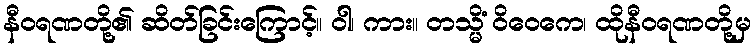
နီဝရဏတို့၏ ဆိတ်ခြင်းကြောင့်။ ဝါ၊ ကား။ တသ္မိံ ဝိဝေကေ၊ ထိုနီဝရဏတို့မှ